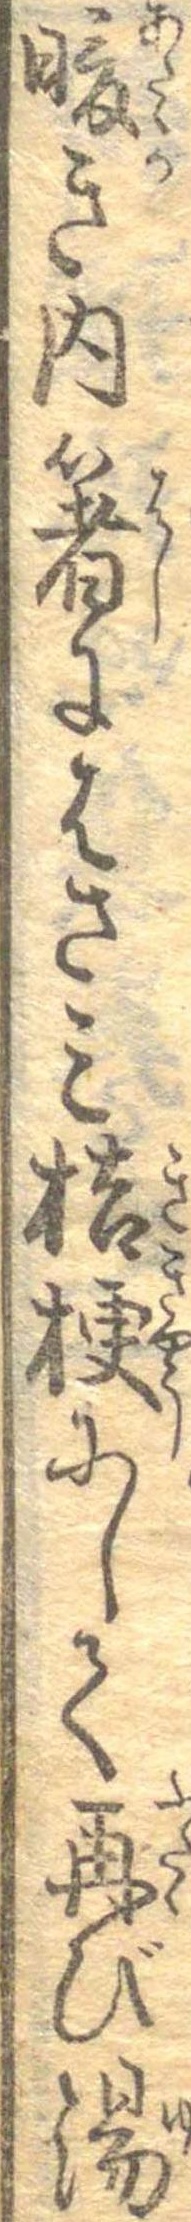
暖き内箸にはさみ桔梗にして再び湯